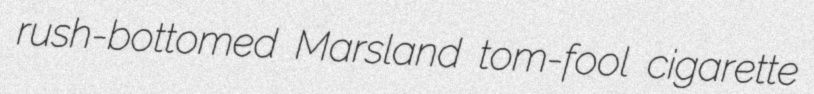
rush-bottomed Marsland tom-fool cigarette